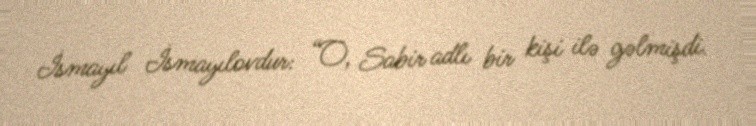
İsmayıl İsmayılovdur: “O, Sabir adlı bir kişi ilə gəlmişdi.